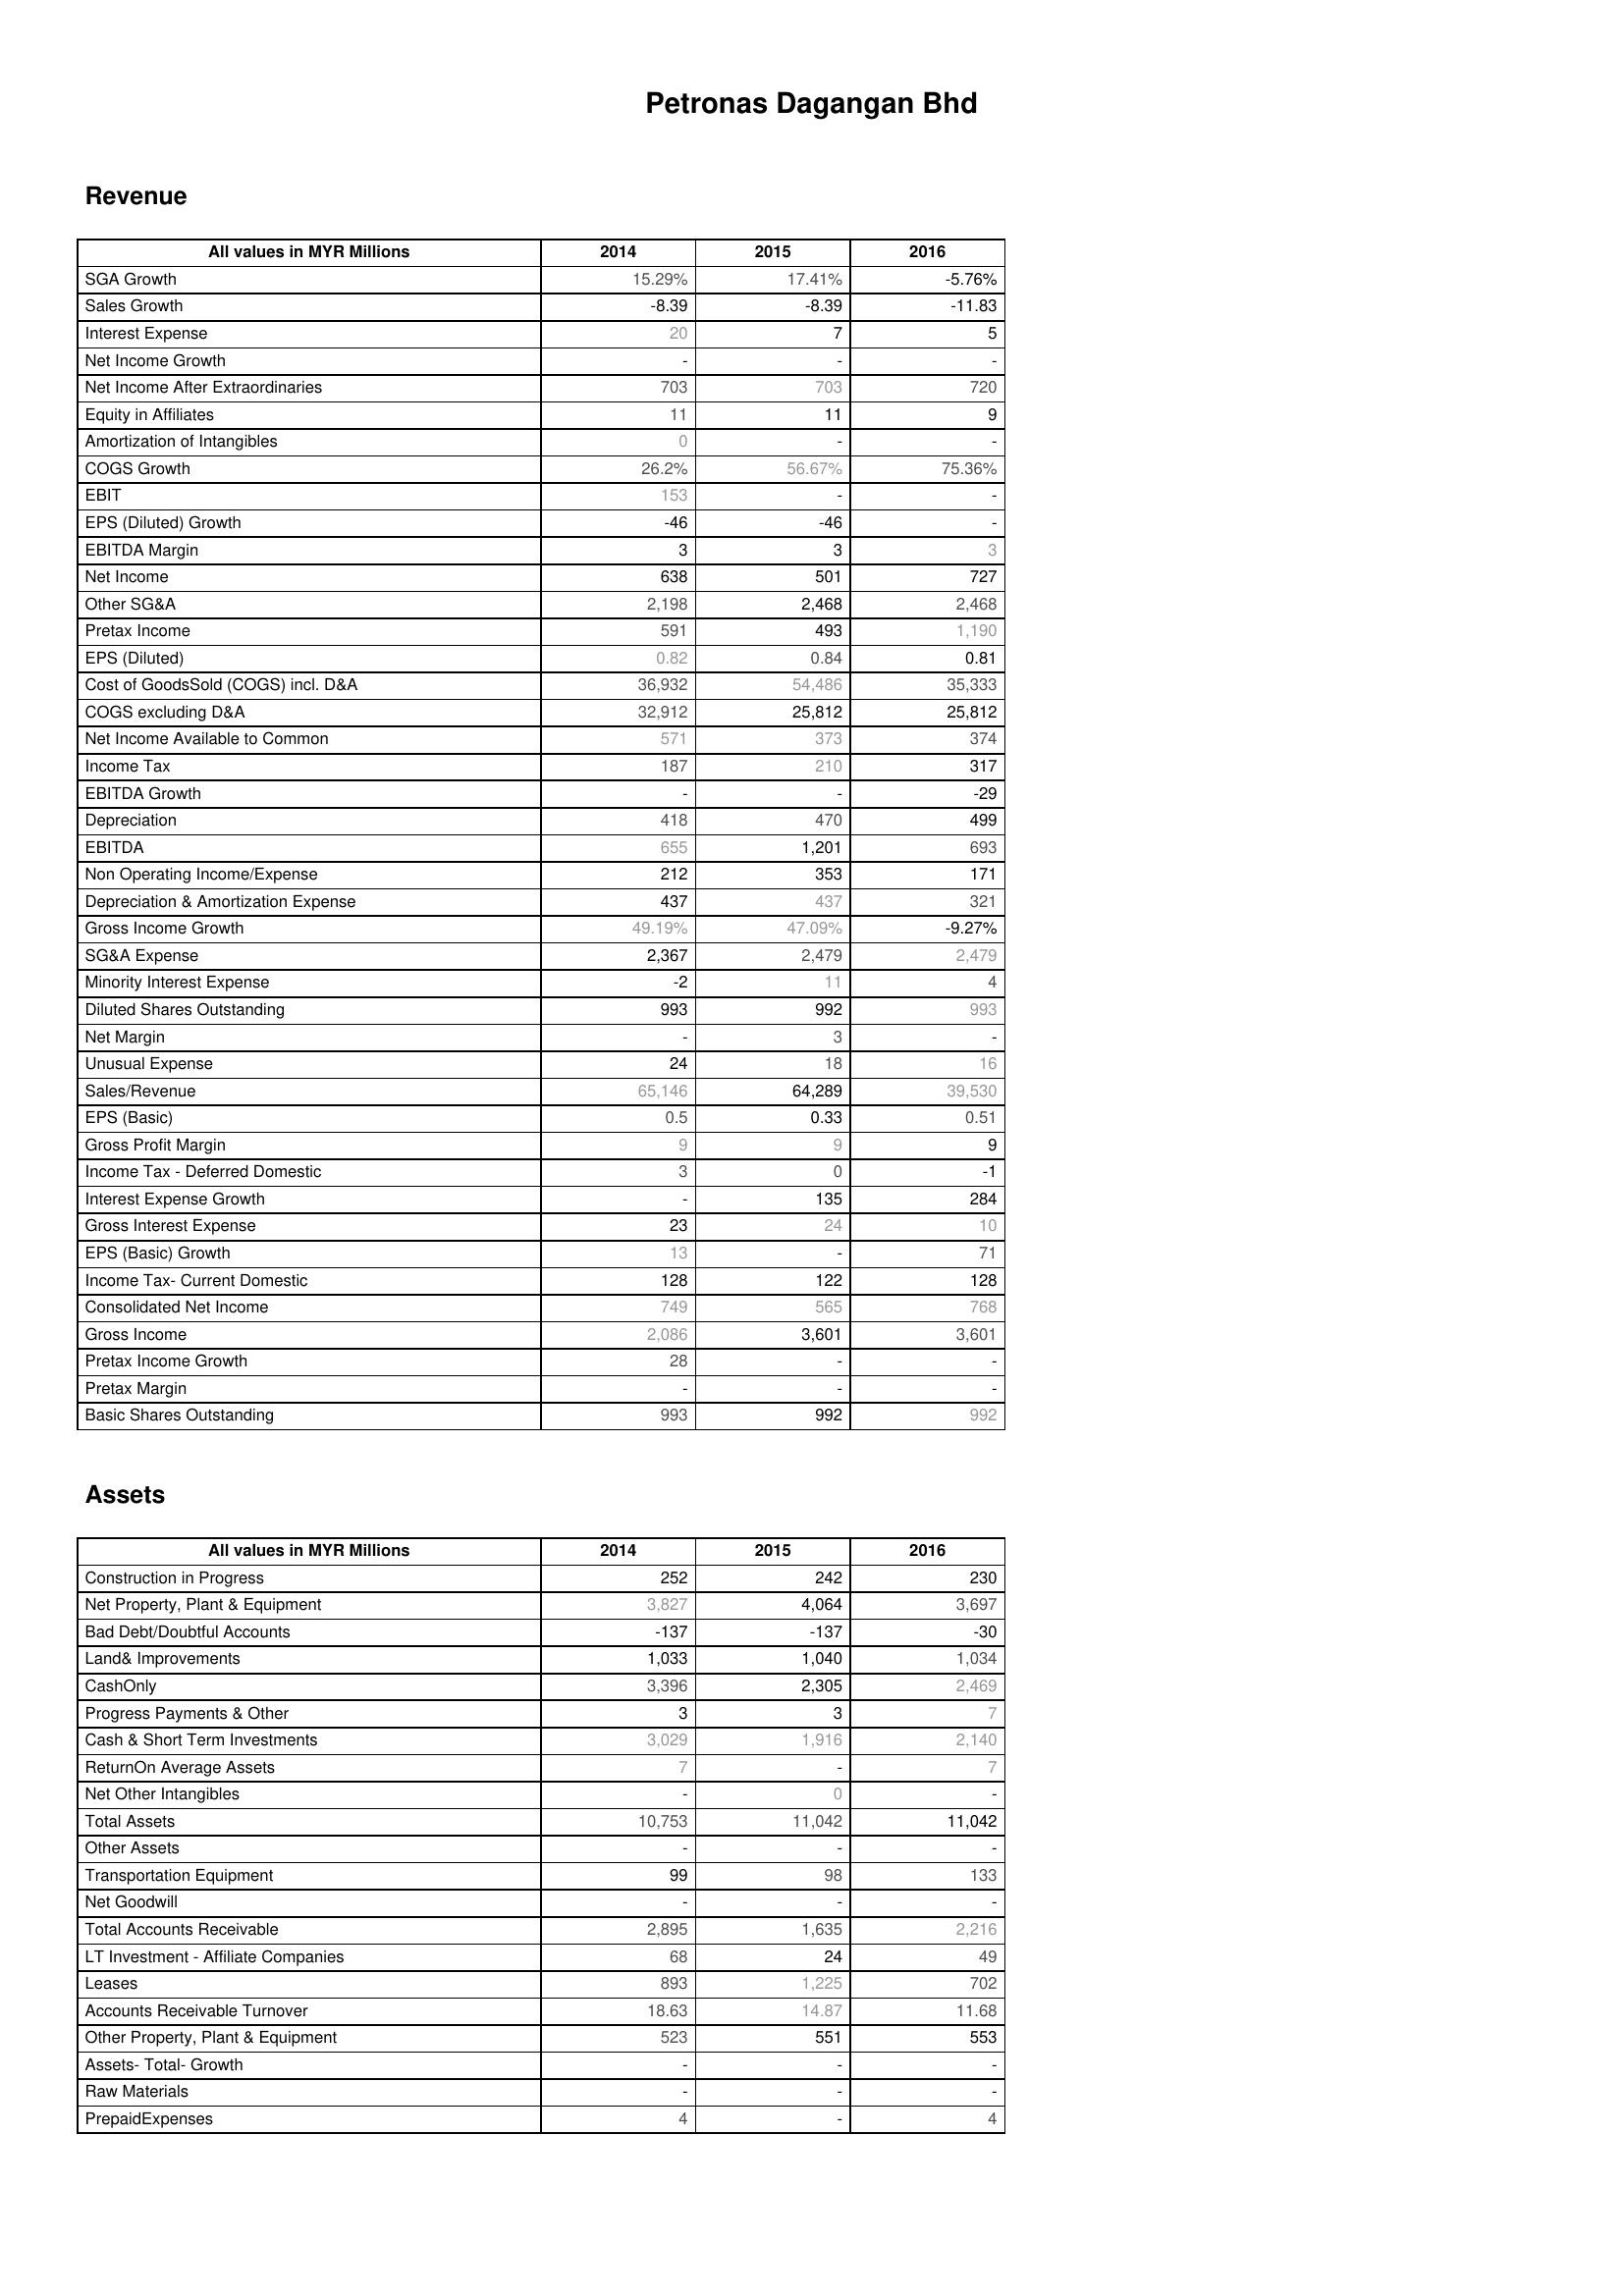
2014: Revenue: SGA Growth: 15.29%
Sales Growth: -8.39
Interest Expense: 20
Net Income Growth: -
Net Income After Extraordinaries: 703
Equity in Affiliates: 11
Amortization of Intangibles: 0
COGS Growth: 26.2%
EBIT: 153
EPS (Diluted) Growth: -46
EBITDA Margin: 3
Net Income: 638
Other SG&A: 2,198
Pretax Income: 591
EPS (Diluted): 0.82
Cost of GoodsSold (COGS) incl. D&A: 36,932
COGS excluding D&A: 32,912
Net Income Available to Common: 571
Income Tax: 187
EBITDA Growth: -
Depreciation: 418
EBITDA: 655
Non Operating Income/Expense: 212
Depreciation & Amortization Expense: 437
Gross Income Growth: 49.19%
SG&A Expense: 2,367
Minority Interest Expense: -2
Diluted Shares Outstanding: 993
Net Margin: -
Unusual Expense: 24
Sales/Revenue: 65,146
EPS (Basic): 0.5
Gross Profit Margin: 9
Income Tax - Deferred Domestic: 3
Interest Expense Growth: -
Gross Interest Expense: 23
EPS (Basic) Growth: 13
Income Tax- Current Domestic: 128
Consolidated Net Income: 749
Gross Income: 2,086
Pretax Income Growth: 28
Pretax Margin: -
Basic Shares Outstanding: 993
Assets: Construction in Progress: 252
Net Property, Plant & Equipment: 3,827
Bad Debt/Doubtful Accounts: -137
Land& Improvements: 1,033
CashOnly: 3,396
Progress Payments & Other: 3
Cash & Short Term Investments: 3,029
ReturnOn Average Assets: 7
Net Other Intangibles: -
Total Assets: 10,753
Other Assets: -
Transportation Equipment: 99
Net Goodwill: -
Total Accounts Receivable: 2,895
LT Investment - Affiliate Companies: 68
Leases: 893
Accounts Receivable Turnover: 18.63
Other Property, Plant & Equipment: 523
Assets- Total- Growth: -
Raw Materials: -
PrepaidExpenses: 4
2015: Revenue: SGA Growth: 17.41%
Sales Growth: -8.39
Interest Expense: 7
Net Income Growth: -
Net Income After Extraordinaries: 703
Equity in Affiliates: 11
Amortization of Intangibles: -
COGS Growth: 56.67%
EBIT: -
EPS (Diluted) Growth: -46
EBITDA Margin: 3
Net Income: 501
Other SG&A: 2,468
Pretax Income: 493
EPS (Diluted): 0.84
Cost of GoodsSold (COGS) incl. D&A: 54,486
COGS excluding D&A: 25,812
Net Income Available to Common: 373
Income Tax: 210
EBITDA Growth: -
Depreciation: 470
EBITDA: 1,201
Non Operating Income/Expense: 353
Depreciation & Amortization Expense: 437
Gross Income Growth: 47.09%
SG&A Expense: 2,479
Minority Interest Expense: 11
Diluted Shares Outstanding: 992
Net Margin: 3
Unusual Expense: 18
Sales/Revenue: 64,289
EPS (Basic): 0.33
Gross Profit Margin: 9
Income Tax - Deferred Domestic: 0
Interest Expense Growth: 135
Gross Interest Expense: 24
EPS (Basic) Growth: -
Income Tax- Current Domestic: 122
Consolidated Net Income: 565
Gross Income: 3,601
Pretax Income Growth: -
Pretax Margin: -
Basic Shares Outstanding: 992
Assets: Construction in Progress: 242
Net Property, Plant & Equipment: 4,064
Bad Debt/Doubtful Accounts: -137
Land& Improvements: 1,040
CashOnly: 2,305
Progress Payments & Other: 3
Cash & Short Term Investments: 1,916
ReturnOn Average Assets: -
Net Other Intangibles: 0
Total Assets: 11,042
Other Assets: -
Transportation Equipment: 98
Net Goodwill: -
Total Accounts Receivable: 1,635
LT Investment - Affiliate Companies: 24
Leases: 1,225
Accounts Receivable Turnover: 14.87
Other Property, Plant & Equipment: 551
Assets- Total- Growth: -
Raw Materials: -
PrepaidExpenses: -
2016: Revenue: SGA Growth: -5.76%
Sales Growth: -11.83
Interest Expense: 5
Net Income Growth: -
Net Income After Extraordinaries: 720
Equity in Affiliates: 9
Amortization of Intangibles: -
COGS Growth: 75.36%
EBIT: -
EPS (Diluted) Growth: -
EBITDA Margin: 3
Net Income: 727
Other SG&A: 2,468
Pretax Income: 1,190
EPS (Diluted): 0.81
Cost of GoodsSold (COGS) incl. D&A: 35,333
COGS excluding D&A: 25,812
Net Income Available to Common: 374
Income Tax: 317
EBITDA Growth: -29
Depreciation: 499
EBITDA: 693
Non Operating Income/Expense: 171
Depreciation & Amortization Expense: 321
Gross Income Growth: -9.27%
SG&A Expense: 2,479
Minority Interest Expense: 4
Diluted Shares Outstanding: 993
Net Margin: -
Unusual Expense: 16
Sales/Revenue: 39,530
EPS (Basic): 0.51
Gross Profit Margin: 9
Income Tax - Deferred Domestic: -1
Interest Expense Growth: 284
Gross Interest Expense: 10
EPS (Basic) Growth: 71
Income Tax- Current Domestic: 128
Consolidated Net Income: 768
Gross Income: 3,601
Pretax Income Growth: -
Pretax Margin: -
Basic Shares Outstanding: 992
Assets: Construction in Progress: 230
Net Property, Plant & Equipment: 3,697
Bad Debt/Doubtful Accounts: -30
Land& Improvements: 1,034
CashOnly: 2,469
Progress Payments & Other: 7
Cash & Short Term Investments: 2,140
ReturnOn Average Assets: 7
Net Other Intangibles: -
Total Assets: 11,042
Other Assets: -
Transportation Equipment: 133
Net Goodwill: -
Total Accounts Receivable: 2,216
LT Investment - Affiliate Companies: 49
Leases: 702
Accounts Receivable Turnover: 11.68
Other Property, Plant & Equipment: 553
Assets- Total- Growth: -
Raw Materials: -
PrepaidExpenses: 4